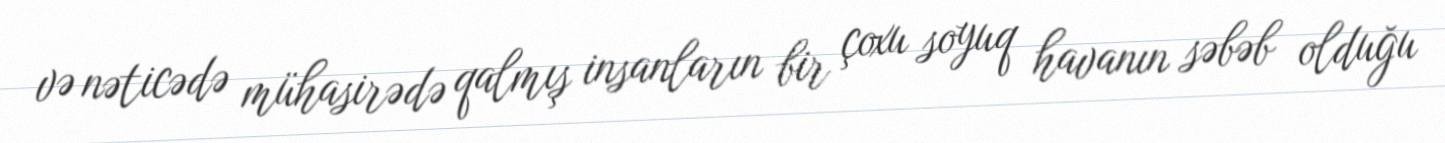
və nəticədə mühasirədə qalmış insanların bir çoxu soyuq havanın səbəb olduğu